Rangoon Lunatic Asylum 1898-1906 - 1898-1906
Year: 1898
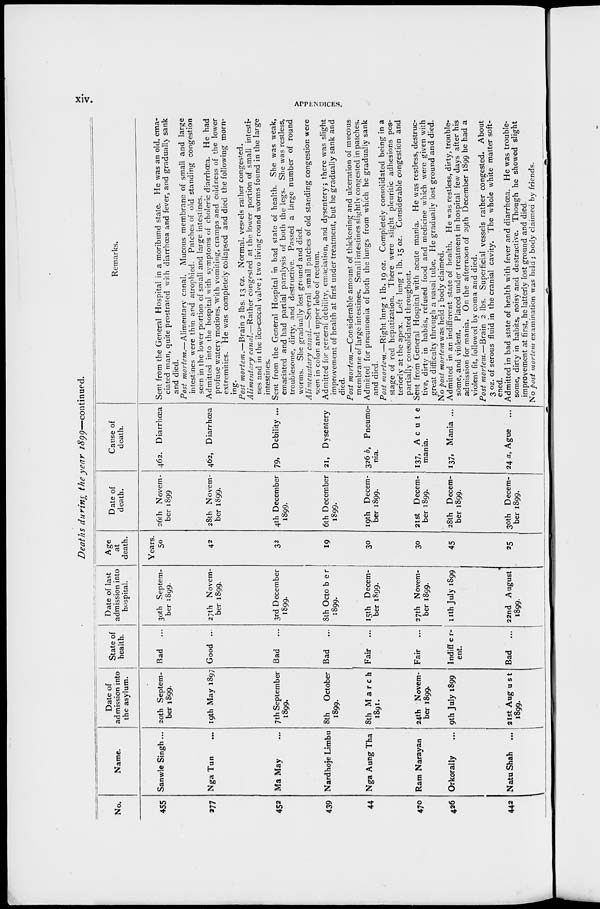
xi v.
APPENDICES.
Deaths during the year 1899—continued.
No.
455
277
452
439
44
470
426
442
Name.
Sanwle Singh ...
Nga Tun ...
Ma May ...
Nardhoje Limbu
Nga Aung Tha
Ram Narayan
Orkorally ...
Natu Shah ...
Date of
admission into
the asylum.
20th Septem-
ber 1899.
19th May 1897
7th September
1899.
8th
October
1899.
8th March
1891.
24th Novem-
ber 1899.
9th July 1899
21 st August
1899.
State of
health.
Bad
...
Good ...
Bad
...
Bad ...
Fair ...
Fair ...
Indiffer-
ent.
Bad
...
Date of last
admission into
hospital.
30th Septem-
ber 1899.
27th Novem-
ber 1899.
3rd December
1899.
8th October
1899.
15th Decem-
ber 1899.
27th Novem-
ber 1899.
11th July 1899
22nd August
1899.
Age
at
death.
Years.
50
42
32
19
30
30
45
25
Date of
death.
26th Novem-
ber 1899
28th Novem-
ber 1899.
4th December
1899.
6th December
1899.
19th Decem-
ber 1899.
21 st Decem-
ber 1899.
28th Decem-
ber 1899.
30th Decem-
ber 1899.
Cause of
death.
462. Diarrhœa
462, Diarrhœa
79, Debility ...
21, Dysentery
326 b, Pneumo-
nia.
137,
Acute
mania.
137, Mania ...
24 a, Ague ...
Remarks.
Sent from the General Hospital in a moribund state. He was an old, ema-
ciated man, quite prostrated with diarrhœa and fever, and gradually sank
and died.
Post mortem.—Alimentary
canal. Mucous membrane of small and large
intestines were thin and atrophied. Patches of old standing congestion
seen in the lower portion of small and large intestines.
Admitted into the hospital with symptoms of choleric diarrhœa. He had
profuse watery motions, with vomiting, cramps and coldness of the lower
extremities. He was completely collapsed and died the following morn-
ing.
Post mortem.—Brain 2 lbs. 13 oz. Normal, vessels rather congested.
Alimentary canal.—Rather congested at the lower portion of small intesti-
nes and in the ilco-cæcal valve; two living round worms found in the large
intestines.
Sent from the General Hospital in bad state of health. She was weak,
emaciated and had partial paralysis of both the legs. She was restless,
troublesome, dirty, and destructive. Passed a large number of round
worms. She gradually lost ground and died.
Alimenatary canal.—Several small patches of old standing congestion were
seen in colon and upper lobe of rectum.
Admitted for general debility, emaciation, and dysentery; there was slight
improvement of health at first under treatment, but he gradually sank and
died.
Post mortem.—Considerable
amount of thickening and ulceration of mucous
membrane of large intestines. Small intestines slightly congested in patches.
Admitted for pneumonia of both the lungs from which he gradually sank
and died.
Post mortem.—Right lung 1 lb. 19 oz. Completely consolidated being in a
stage of red hepatization. There were slight pleuritic adhesions pos-
teriorly at the apex. Left lung 1 lb. 15 oz. Considerable congestion and
partially consolidated throughout.
Sent from General Hospital with acute mania. He was restless, destruc-
tive, dirty in habits, refused food and medicine which were given with
great difficulty through a nasal tube. He gradually lost ground and died.
No post mortem was held ; body claimed.
Admitted in an indifferent state of health. He was restless, dirty, trouble-
some, and violent. Placed under treatment in hospital few days after his
admission for mania. On the afternoon of 29th December 1899 he had a
violent fit, followed by coma and died.
Post mortem.—Brain
2 lbs. Superficial vessels rather congested. About
3 oz. of serous fluid in the cranial cavity. The whole white matter soft-
ened.
Admitted in bad state of health with fever and diarrhœa. He was trouble-
some, dirty in habits, noisy and destructive. Though he showed slight
improvement at first, he latterly lost ground and died.
No post mortem examination was held ; body claimed by friends.